Vaccination in Burma 1889-1999 - 1889-1999
Year: 1889
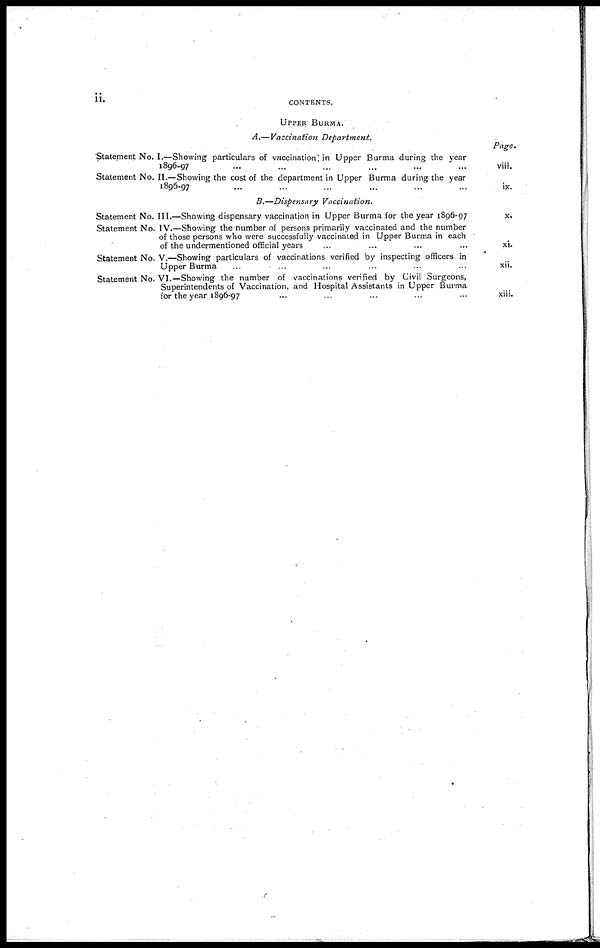
ii.
CONTENTS.
UPPER BURMA.
A.—Vaccination Department.
Statement No. I.—Showing particulars of vaccination, in Upper Burma during the year
1896-97... ... ... ... ...
Statement No. II.—Showing the cost of the department in Upper Burma during the year
1896-97... ... ... ... ...
Page.
viii.
ix.
B.—Dispensary Vaccination.
Statement No. III.—Showing dispensary vaccination in Upper Burma for the year 1896-97
Statement No. IV.—Showing the number of persons primarily vaccinated and the number
of those persons who were successfully vaccinated in Upper Burma in each
of the undermentioned official years... ... ... ...
Statement No. V.—Showing particulars of vaccinations verified by inspecting officers in
Upper Burma... ... ... ...
Statement No. VI.—Showing the number of vaccinations verified by Civil Surgeons,
Superintendents of Vaccination, and Hospital Assistants in Upper Burma
for the year 1896-97... ... ... ...
x.
xi.
xii.
xiii.